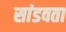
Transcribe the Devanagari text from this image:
सांडवता